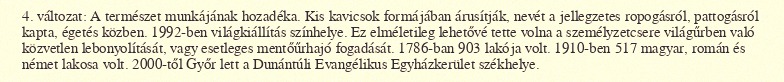
4. változat: A természet munkájának hozadéka. Kis kavicsok formájában árusítják, nevét a jellegzetes ropogásról, pattogásról kapta, égetés közben. 1992-ben világkiállítás színhelye. Ez elméletileg lehetővé tette volna a személyzetcsere világűrben való közvetlen lebonyolítását, vagy esetleges mentőűrhajó fogadását. 1786-ban 903 lakója volt. 1910-ben 517 magyar, román és német lakosa volt. 2000-től Győr lett a Dunántúli Evangélikus Egyházkerület székhelye.